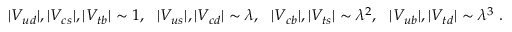
| V _ { u d } | , | V _ { c s } | , | V _ { t b } | \sim 1 , ~ ~ | V _ { u s } | , | V _ { c d } | \sim \lambda , ~ ~ | V _ { c b } | , | V _ { t s } | \sim \lambda ^ { 2 } , ~ ~ | V _ { u b } | , | V _ { t d } | \sim \lambda ^ { 3 } \ .